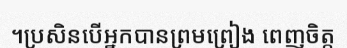
។ប្រសិនបើអ្នកបានព្រមព្រៀង ពេញចិត្ត